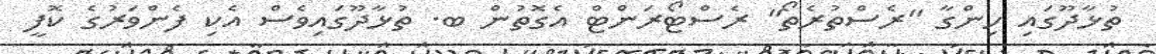
ތުޅާދޫގައި ހިންގާ "ރެސްތުރެތޯ" ރެސްޓޯރަންޓް އެގޮތުން ބ. ތުޅާދޫގައިވެސް އެކި ފެންވަރުގެ ކޮފީ